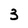
Character: 3